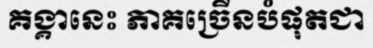
គង្គានេះ ភាគច្រើនបំផុតជា